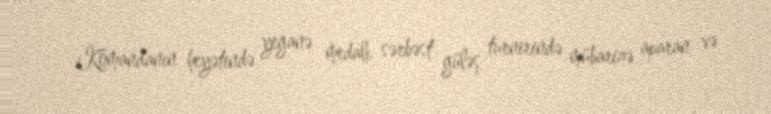
Komandanın heyətində yeganə medalı sərbəst güləş turnirində mübarizə aparan və